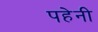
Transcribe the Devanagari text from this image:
पहेनी